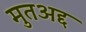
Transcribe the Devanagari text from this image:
मुतअद्द